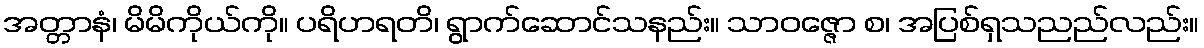
အတ္တာနံ၊ မိမိကိုယ်ကို။ ပရိဟရတိ၊ ရွာက်ဆောင်သနည်း။ သာဝဇ္ဇော စ၊ အပြစ်ရှသညည်လည်း။